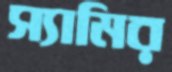
স্যামির